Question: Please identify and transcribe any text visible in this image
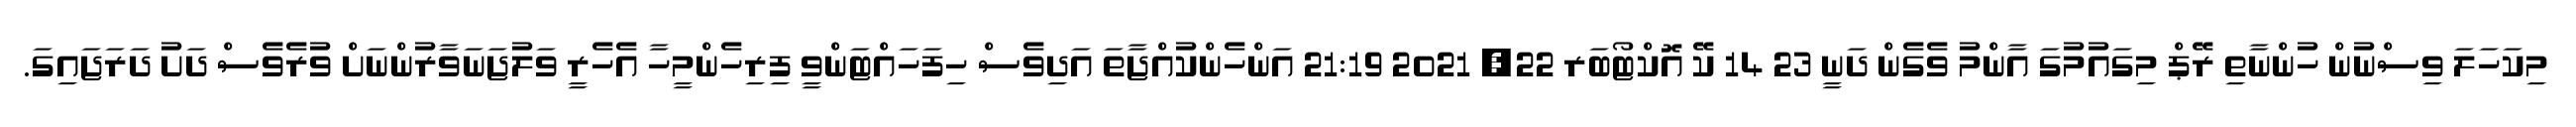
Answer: މިކަހަލަ ވިސްނުން ހުންނާތި ރޭޕް މިގައުމުގަ އާންމު ވެގެން ދަނީ 23 14 ކޭ އޮކްޓޯބަރ 22, 2021 21:19 އަންހެންކުއްޖާތަ އަދިވެސް ހިފަހައްޓަންވީ ފިރިހެންމީހާ އެހެރީ ވަލުޖަނަވާރުންނަށް ވުރެވެސް ދަށު ދަރަޖައިގަ.